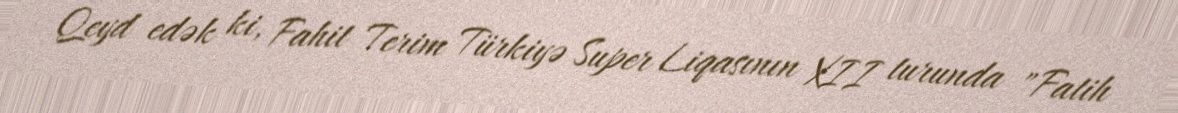
Qeyd edək ki, Fahit Terim Türkiyə Super Liqasının XII turunda "Fatih